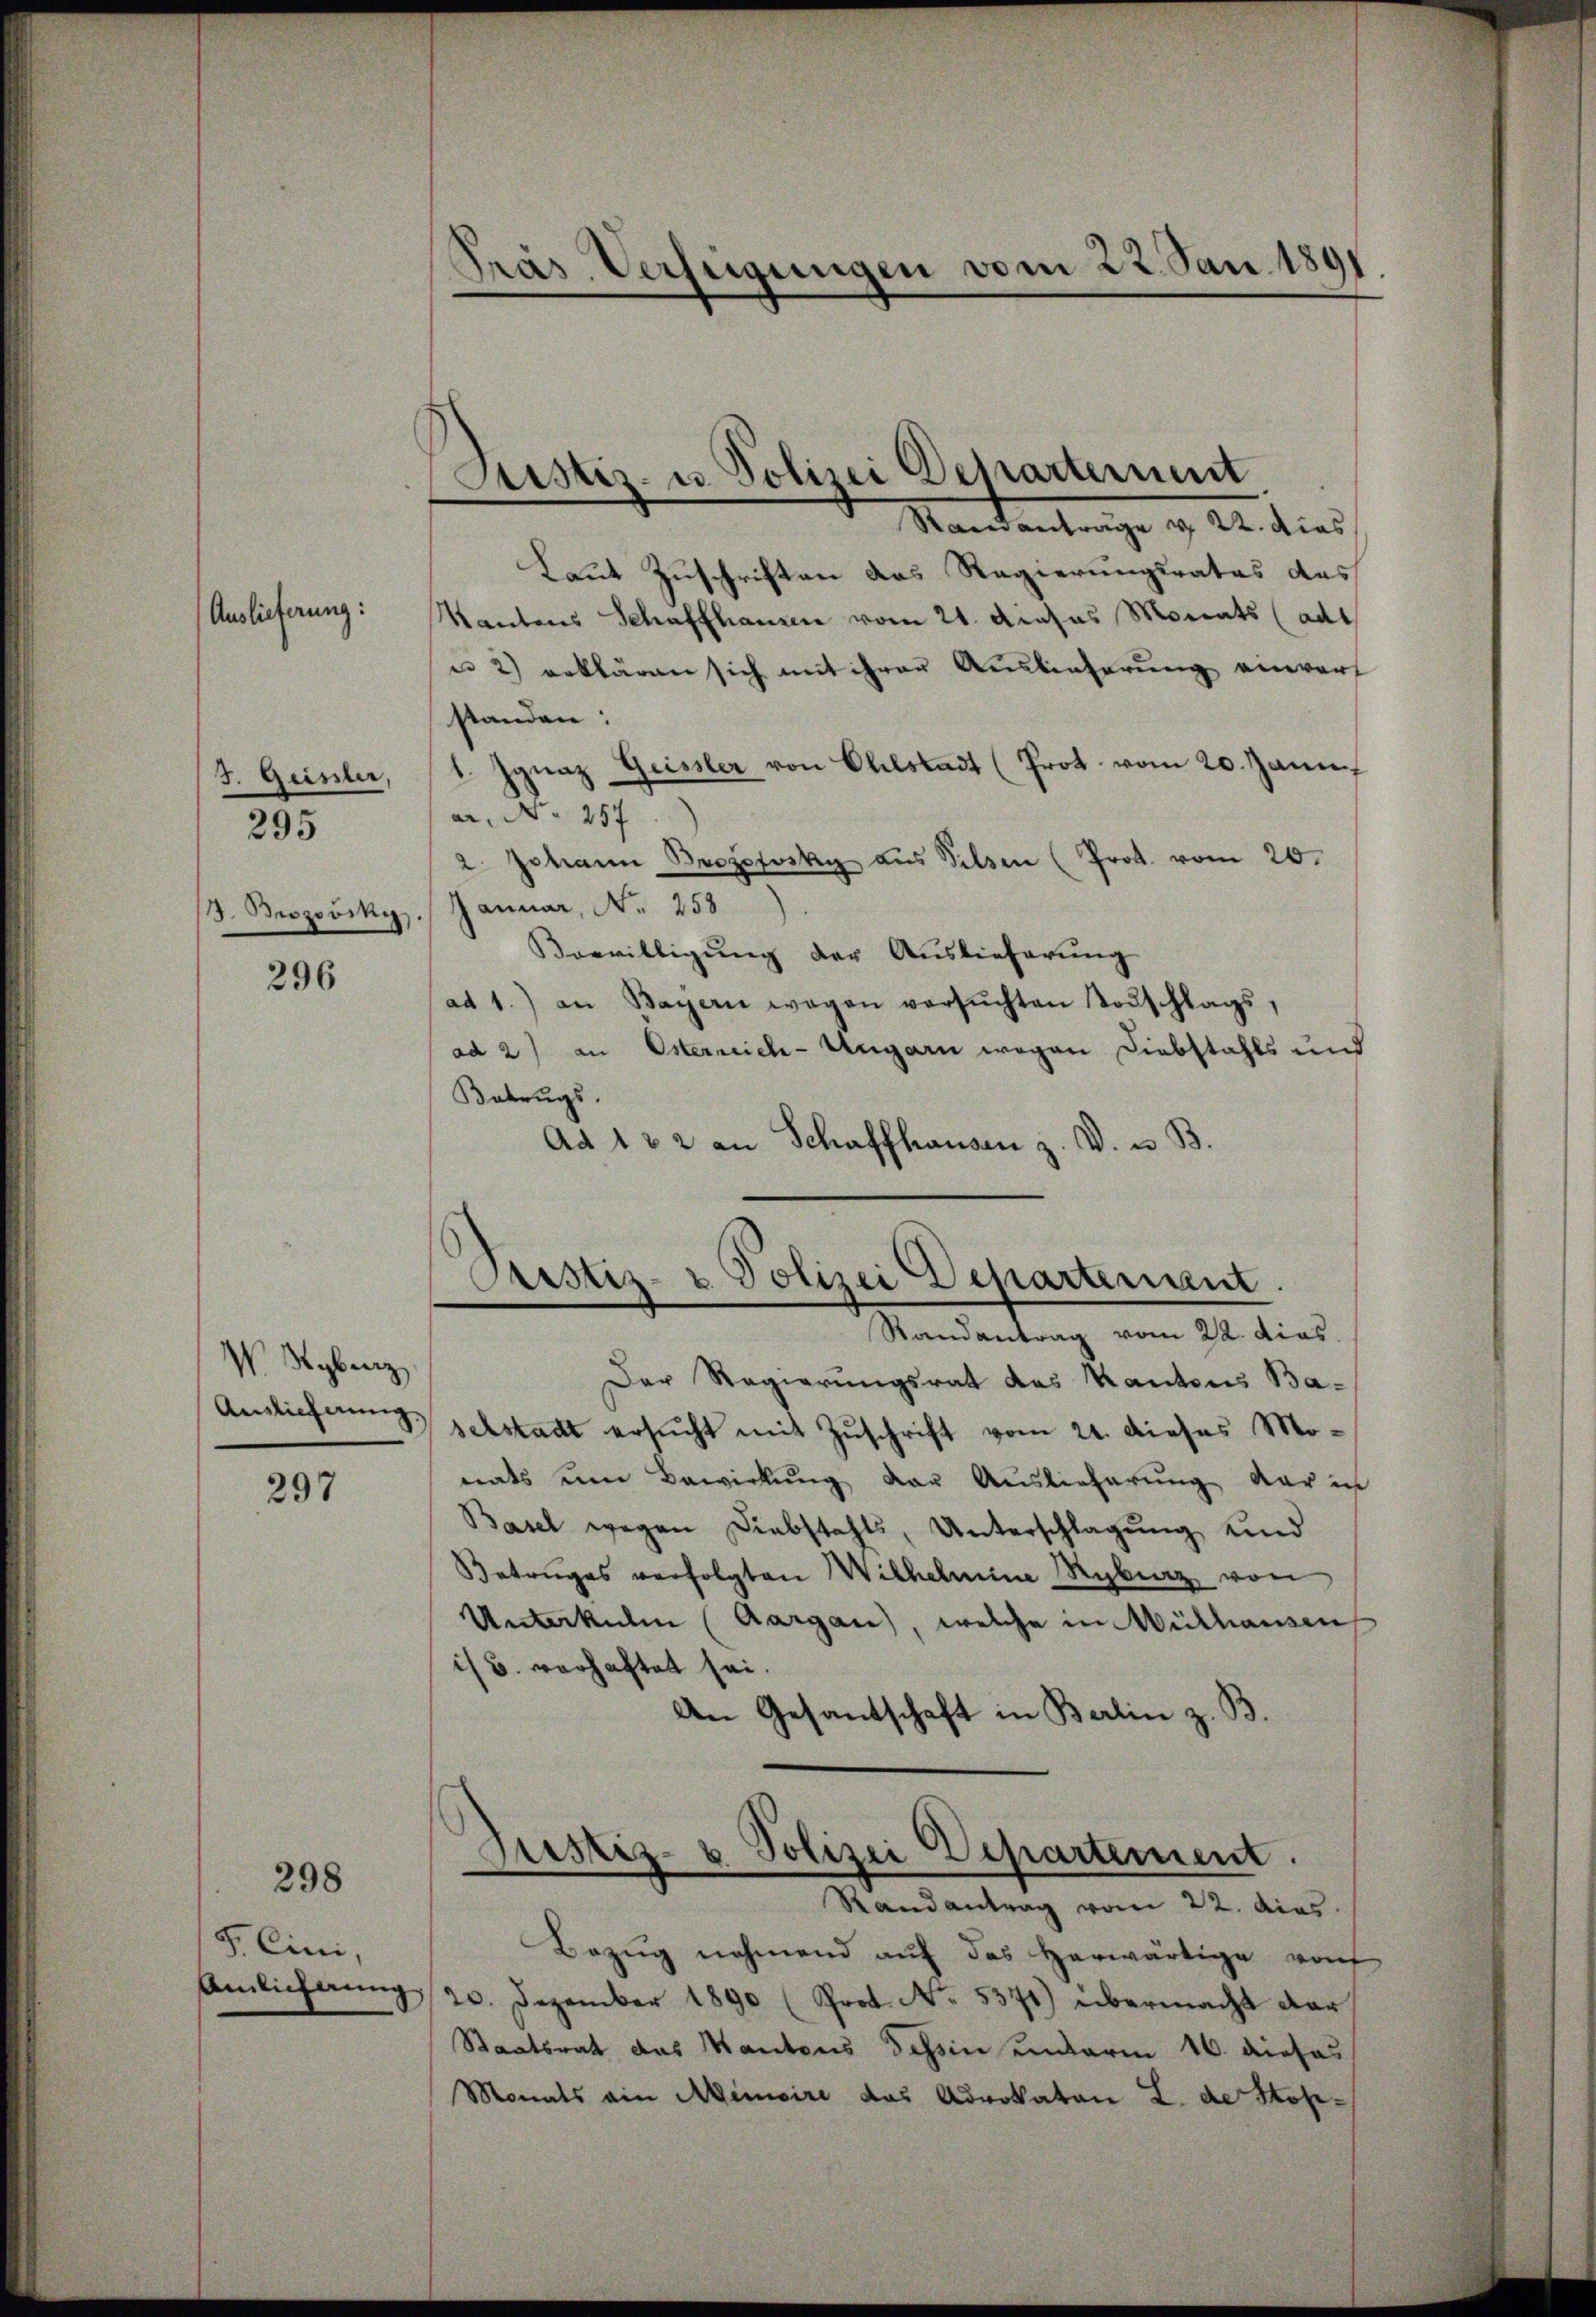
Auslieferung:

295

3. Geister,
8. Brozovsky.

296

W. Syberz

297

298

F. Eini,
Amlicherung

Pras Verfeigungen vom 22. Jan. 189
.

Standentrage v. 22. dies
Laut Zuschriften das Regierungsrates das
Kantons Schaffhausen vom 21. Acasus Monats (adt
u 2) erklären sich mit ihrer Auslieferung einwerf
standen:
1. Ignaz Geissler von Otelstadt (Prot vom 20. Janu
ar. No 257
2. Johann Brozofsky aus Silsen (Prot. vom 20.
Januar, No. 458
Vorwilligŭng der Aŭslieferŭng
ad 1.) an Bayern wegen versŭchten Todschlags,
ad 2) an Osterreich-Ungarn wegen Diebstahls und
Betrugs.
Ad 122 an Schaffhausen z. V. u. B.

Justiz- u. Polizei Departement.

Pustiz- & Polizei Departement
Randantrag vom 22. dies

Der Regierungsrat das Kantons Ba¬
Auslieferung selstadt ersucht mit Zuschrift vom 21. dieses Monats um Bewirkung der Auslieferung der in
Basel wegen Diebstahls, Unterschlagung und
Betruges verfolgten Wilhelmine Ryburg von
Unterkulen (Aargau, welche in Mülhausen
is u. verhaftet sei.
An Gesantschaft in Berlin z. B.

Justiz- & Polizei Departement.
Randantrag vom 22. dies

Bezŭg nehmend aŭf das herwärtige von
20. Dezember 1890 (Prot. No. 5371) übermacht dar
Staatsrat das Kantons Tessin unterm 16. diehas
Monats ain Memoire das Advokaten L. de Stop¬